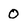
Character: 0